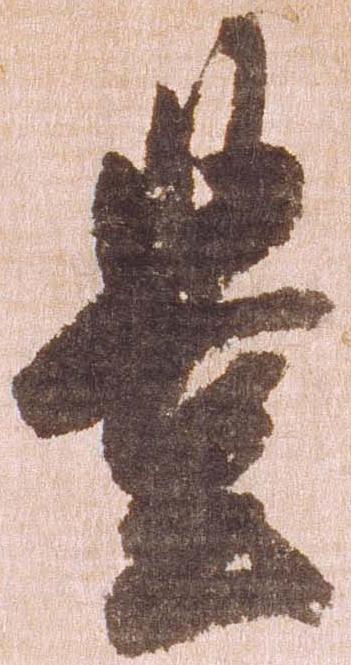
豊